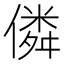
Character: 僯